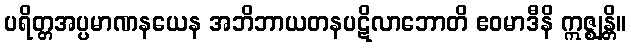
ပရိတ္တအပ္ပမာဏနယေန အဘိဘာယတနပဋိလာဘောတိ ဧဝမာဒီနိ ဣဇ္ဈန္တိ။